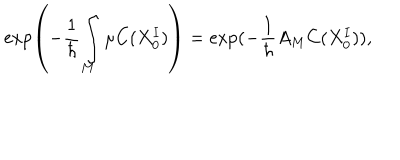
\exp \left( - \frac { 1 } { \hbar } \int _ { M } \mu C ( X _ { 0 } ^ { I } ) \right) = \exp ( - \frac { 1 } { \hbar } A _ { M } C ( X _ { 0 } ^ { I } ) ) ,